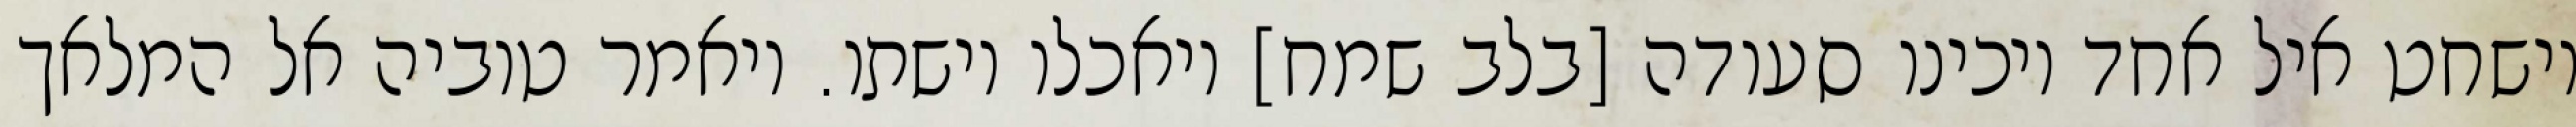
וישחט איל אחד ויכינו סעודה [בלב שמח] ויאכלו וישתו. ויאמר טוביה אל המלאך